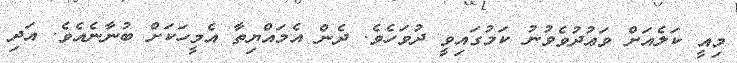
މިއީ ކަލެއަށް ވަޢުދުވެވުނު ކަމުގައިވީ ދުވަހެވެ. ދެން އެމައްޔިތާ އެމީހަކަށް ބުނާނެއެވެ. އަދި